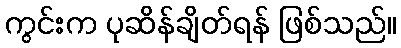
ကွင်းက ပုဆိန်ချိတ်ရန် ဖြစ်သည်။